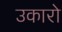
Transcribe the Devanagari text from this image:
उकारो